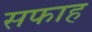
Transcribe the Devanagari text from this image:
सफाह